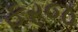
ફરજ